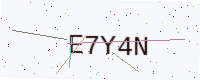
Text: E7Y4N